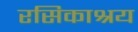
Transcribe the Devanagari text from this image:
रसिकाश्रय